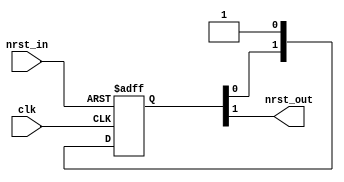
// This program was cloned from: https://github.com/aolofsson/oh
// License: MIT License

//#############################################################################
//# Function: Reset synchronizer (async assert, sync deassert)                #
//#############################################################################
//# Author:   Andreas Olofsson                                                #
//# License:  MIT (see LICENSE file in OH! repository)                        #
//#############################################################################

module oh_rsync
  #(parameter SYNCPIPE = 2,        // number of sync stages
    parameter TARGET   = "DEFAULT" // scell type/size
    )
   (
    input  clk,
    input  nrst_in,
    output nrst_out
    );

   generate
      if(TARGET == "DEFAULT")
	begin
	   reg [SYNCPIPE-1:0] sync_pipe;
	   always @ (posedge clk or negedge nrst_in)
	     if(!nrst_in)
	       sync_pipe[SYNCPIPE-1:0] <= 'b0;
	     else
	       sync_pipe[SYNCPIPE-1:0] <= {sync_pipe[SYNCPIPE-2:0],1'b1};
	   assign nrst_out = sync_pipe[SYNCPIPE-1];
	end
      else
	begin
	   asic_rsync #(.TARGET(TARGET),
			.SYNCPIPE(SYNCPIPE))
	   asic_rsync (.clk(clk),
		       .nrst_in(nrst_in),
		       .nrst_out(nrst_out));
	end
   endgenerate
endmodule // oh_rsync